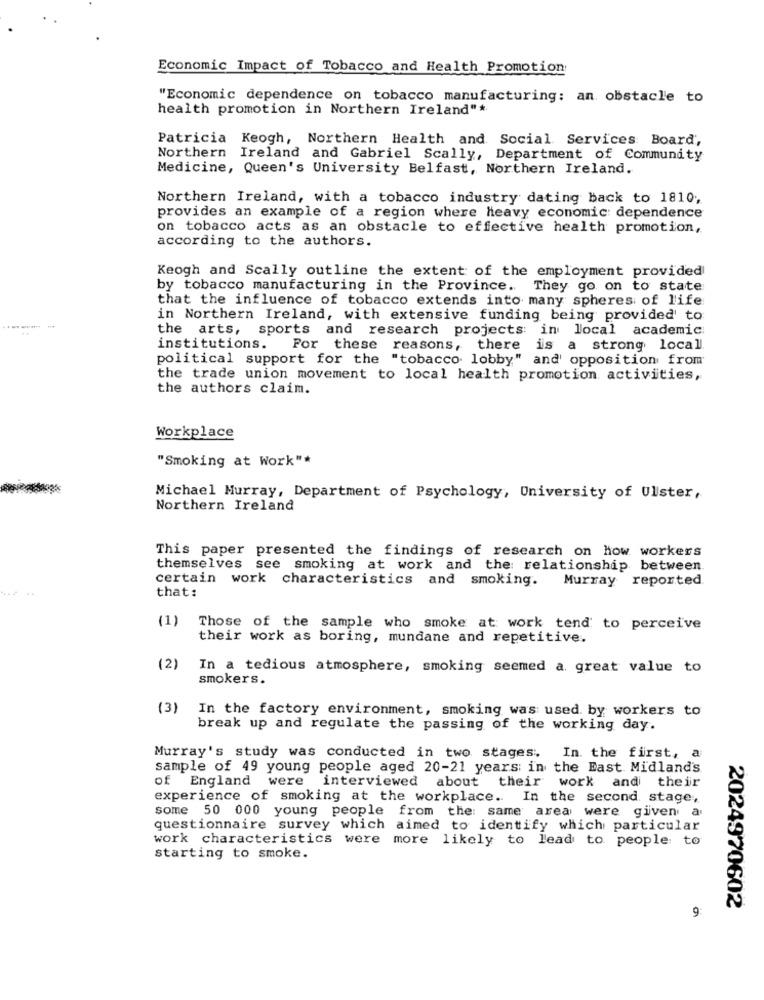
Economic Impact of Tobacco and Health Promotion
"Economic dependence on tobacco manufacturing: an obstacle to
health promotion in Northern Ireland"*
Patricia Keogh, Northern Health and Social Services Board,
Northern Ireland and Gabriel Scally, Department of Community
Medicine, Queen's University Belfast, Northern Ireland.
Northern Ireland, with a tobacco industry dating back to 1810;
provides an example of a region where heavy economic: dependence
on tobacco acts as an obstacle to effective health promotion,
according to the authors.
Keogh and Scally outline the extent of the employment provided
by tobacco manufacturing in the Province. They go on to state
that the influence of tobacco extends into many spheres of life
in Northern Ireland, with extensive funding being provided' to
the arts, sports and research projects in local academic
institutions. For these reasons, there is a strong local
political support for the "tobacco lobby" and' opposition from
the trade union movement to local health promotion activities,
the authors claim.
Workplace
"Smoking at Work"*
Michael Murray, Department of Psychology, University of Ulster,
Northern Ireland
This paper presented the findings of research on how workers
themselves see smoking at work and the relationship between
certain work characteristics and smoking. Murray reported
that:
(1)
Those of the sample who smoke at work tend to perceive
their work as boring, mundane and repetitive.
(2)
In a tedious atmosphere, smoking seemed a. great value to
smokers.
(3)
In the factory environment, smoking was used by workers to
break up and regulate the passing of the working day.
Murray's study was conducted in two stages. In. the first, a
sample of 49 young people aged 20-21 years in the East Midland's
of England were interviewed about their work and their
experience of smoking at the workplace. In the second stage,
some 50 000 young people from the same area were given a
questionnaire survey which aimed to identify which particular
work characteristics were more likely to lead to people to
starting to smoke.
9
2024970602